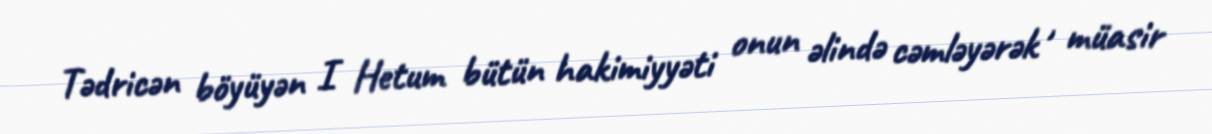
Tədricən böyüyən I Hetum bütün hakimiyyəti onun əlində cəmləyərək , müasir